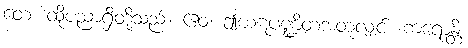
တေ၊ ထိုပညာရှိတို့သည်။ ဧဝံ၊ ဤဃဋပဏ္ဍိတအတူလျှင်။ ကရောန္တိ၊